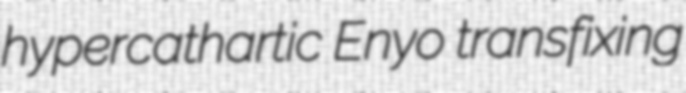
hypercathartic Enyo transfixing